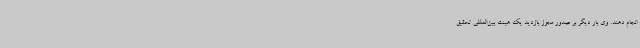
انجام دهند. وی بار دیگر بر صدور مجوز بازدید یک هیئت بین‌المللی تحقیق